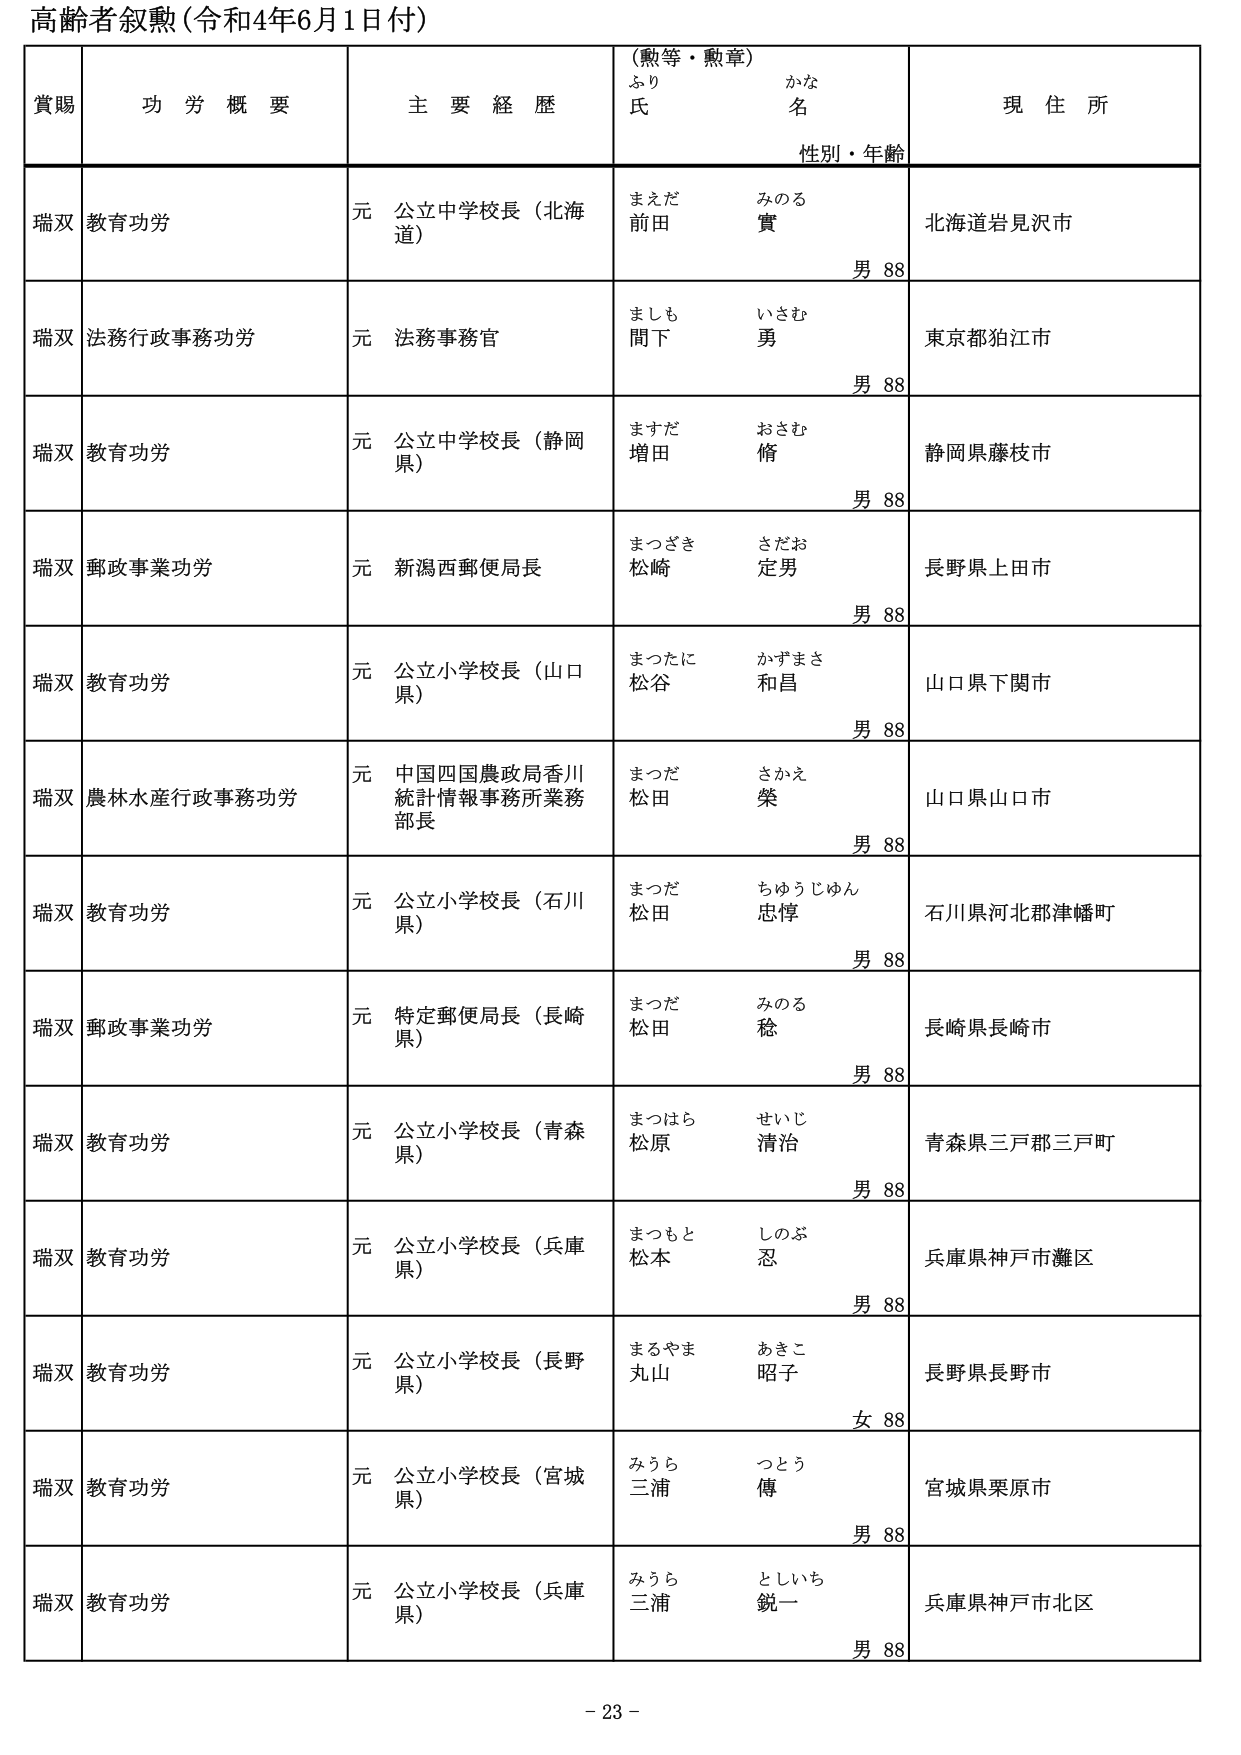
高齢者叙勲（令和4年6月1日付）

賞賜　　功労概要　　主要経歴　　（勲等・勲章）　　現住所
　　　　　　　　　　　　　　ふり　　かな
　　　　　　　　　　　　　　氏　　名
　　　　　　　　　　　　　　性別・年齢

瑞双　教育功労　　元 公立中学校長（北海道）　　まえだ　みのる　　前田　實　　男 88　　北海道岩見沢市

瑞双　法務行政事務功労　　元 法務事務官　　ましも　いさむ　　間下　勇　　男 88　　東京都狛江市

瑞双　教育功労　　元 公立中学校長（静岡県）　　ますだ　おさむ　　増田　脩　　男 88　　静岡県藤枝市

瑞双　郵政事業功労　　元 新潟西郵便局長　　まつざき　さだお　　松崎　定男　　男 88　　長野県上田市

瑞双　教育功労　　元 公立小学校長（山口県）　　まつたに　かずまさ　　松谷　和昌　　男 88　　山口県下関市

瑞双　農林水産行政事務功労　　元 中国四国農政局香川統計情報事務所業務部長　　まつだ　さかえ　　松田　榮　　男 88　　山口県山口市

瑞双　教育功労　　元 公立小学校長（石川県）　　まつだ　ちゅうじゅん　　松田　忠惇　　男 88　　石川県河北郡津幡町

瑞双　郵政事業功労　　元 特定郵便局長（長崎県）　　まつだ　みのる　　松田　稔　　男 88　　長崎県長崎市

瑞双　教育功労　　元 公立小学校長（青森県）　　まつはら　せいじ　　松原　清治　　男 88　　青森県三戸郡三戸町

瑞双　教育功労　　元 公立小学校長（兵庫県）　　まつもと　しのぶ　　松本　忍　　男 88　　兵庫県神戸市灘区

瑞双　教育功労　　元 公立小学校長（長野県）　　まるやま　あきこ　　丸山　昭子　　女 88　　長野県長野市

瑞双　教育功労　　元 公立小学校長（宮城県）　　みうら　つとう　　三浦　傳　　男 88　　宮城県栗原市

瑞双　教育功労　　元 公立小学校長（兵庫県）　　みうら　としいち　　三浦　鋭一　　男 88　　兵庫県神戸市北区

- 23 -